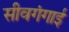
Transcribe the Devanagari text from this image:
सीवगंगाई